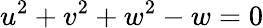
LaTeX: u^{2}+v^{2}+w^{2}-w=0